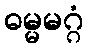
ဓမ္မမဂ္ဂံ